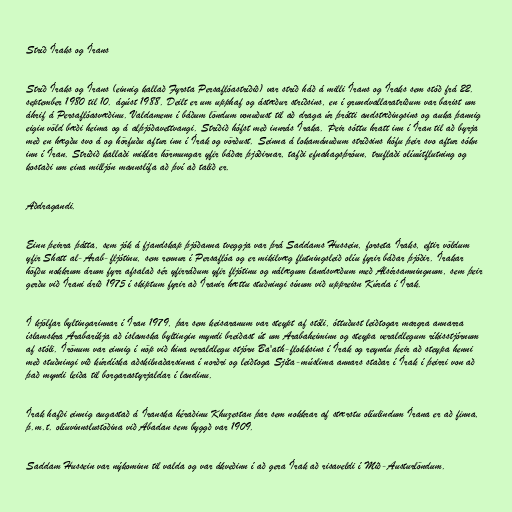
Stríð Íraks og Írans

Stríð Íraks og Írans (einnig kallað Fyrsta Persaflóastríðið) var stríð háð á milli Írans og Íraks sem stóð frá 22.
september 1980 til 10. ágúst 1988. Deilt er um upphaf og ástæður stríðsins, en í grundvallaratriðum var barist um
áhrif á Persaflóasvæðinu. Valdamenn í báðum löndum vonuðust til að draga úr þrótti andstæðingsins og auka þannig
eigin völd bæði heima og á alþjóðavettvangi. Stríðið hófst með innrás Íraka. Þeir sóttu hratt inn í Íran til að byrja
með en hægðu svo á og hörfuðu aftur inn í Írak og vörðust. Seinna á lokamánuðum stríðsins hófu þeir svo aftur sókn
inn í Íran. Stríðið kallaði miklar hörmungar yfir báðar þjóðirnar, tafði efnahagsþróun, truflaði olíuútflutning og
kostaði um eina milljón mannslífa að því að talið er.

Aðdragandi.

Einn þeirra þátta, sem jók á fjandskap þjóðanna tveggja var þrá Saddams Hussein, forseta Íraks, eftir völdum
yfir Shatt al-Arab-fljótinu, sem rennur í Persaflóa og er mikilvæg flutningsleið olíu fyrir báðar þjóðir. Írakar
höfðu nokkrum árum fyrr afsalað sér yfirráðum yfir fljótinu og nálægum landsvæðum með Alsírsamningnum, sem þeir
gerðu við Írani árið 1975 í skiptum fyrir að Íranir hættu stuðningi sínum við uppreisn Kúrda í Írak.

Í kjölfar byltingarinnar í Íran 1979, þar sem keisaranum var steypt af stóli, óttuðust leiðtogar margra annarra
íslamskra Arabaríkja að íslamska byltingin myndi breiðast út um Arabaheiminn og steypa veraldlegum ríkisstjórnum
af stóli. Írönum var einnig í nöp við hina veraldlegu stjórn Ba'ath-flokksins í Írak og reyndu þeir að steypa henni
með stuðningi við kúrdíska aðskilnaðarsinna í norðri og leiðtoga Sjíta-múslima annars staðar í Írak í þeirri von að
það myndi leiða til borgarastyrjaldar í landinu.

Írak hafði einnig augastað á Íranska héraðinu Khuzestan þar sem nokkrar af stærstu olíulindum Írana er að finna,
þ.m.t. olíuvinnslustöðina við Abadan sem byggð var 1909.

Saddam Hussein var nýkominn til valda og var ákveðinn í að gera Írak að risaveldi í Mið-Austurlöndum.